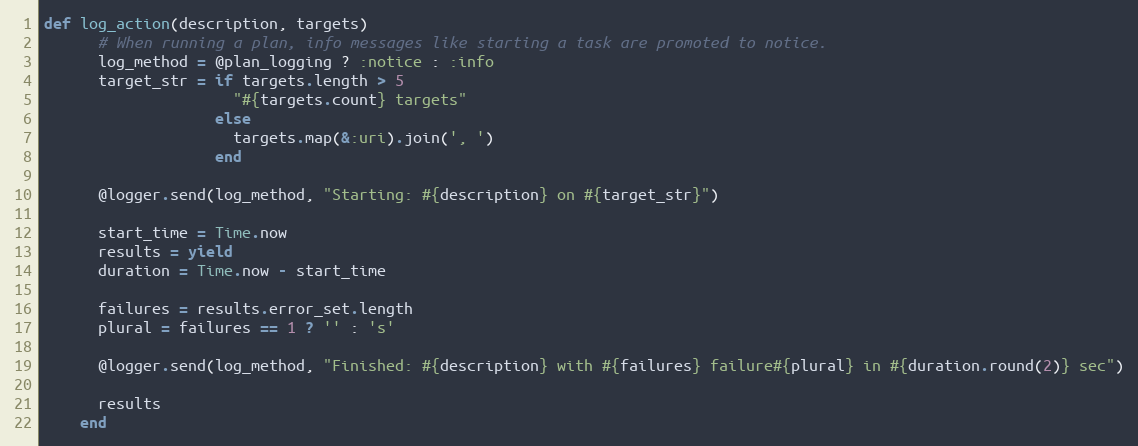
Language: Ruby
def log_action(description, targets)
      # When running a plan, info messages like starting a task are promoted to notice.
      log_method = @plan_logging ? :notice : :info
      target_str = if targets.length > 5
                     "#{targets.count} targets"
                   else
                     targets.map(&:uri).join(', ')
                   end

      @logger.send(log_method, "Starting: #{description} on #{target_str}")

      start_time = Time.now
      results = yield
      duration = Time.now - start_time

      failures = results.error_set.length
      plural = failures == 1 ? '' : 's'

      @logger.send(log_method, "Finished: #{description} with #{failures} failure#{plural} in #{duration.round(2)} sec")

      results
    end